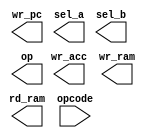
`timescale 1ns / 1ps
//////////////////////////////////////////////////////////////////////////////////
// Company: 
// Engineer: 
// 
// Design Name: 
// Module Name:    ins_deco 
// Project Name: 
// Target Devices: 
// Tool versions: 
// Description: 
//
// Dependencies: 
//
// Revision: 
// Revision 0.01 - File Created
// Additional Comments: 
//
//////////////////////////////////////////////////////////////////////////////////
module ins_deco(
    output wr_pc,
    output [1:0] sel_a,
    output sel_b,
    output wr_acc,
    output op,
    output wr_ram,
    output rd_ram,
    input [4:0] opcode
    );


endmodule